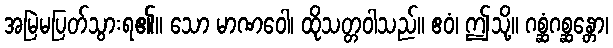
အမြဲမပြတ်သွားရ၏။ သော မာဏဝေါ၊ ထိုသတ္တဝါသည်။ ဧဝံ၊ ဤသို့။ ဂစ္ဆံဂစ္ဆန္တော၊